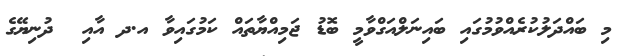
މި ބައްދަލުކުރެއްވުމުގައި ބައިނަލްއަގްވާމީ ބޮޑު ޖަމިއްޔާތައް ކަމުގައިވާ އ.ދ އާއި  ދުނިޔޭގެ